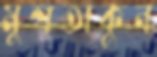
মুশতাকুন